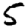
Digit: 5